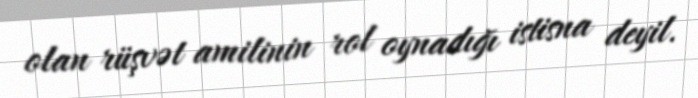
olan rüşvət amilinin rol oynadığı istisna deyil.